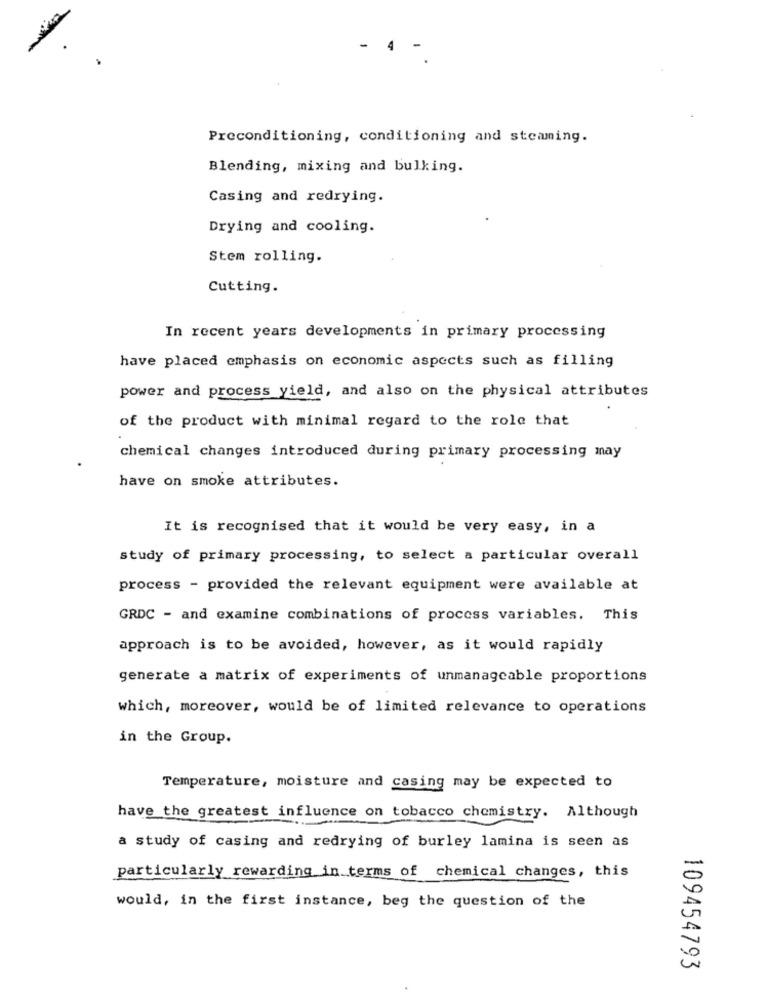
Preconditioning, conditioning and steaming.
Blending, mixing and bulking.
Casing and redrying.
Drying and cooling.
Stem rolling.
Cutting.
In recent years developments in primary processing
have placed emphasis on economic aspects such as filling
power and process yield, and also on the physical attributes
of the product with minimal regard to the role that
chemical changes introduced during primary processing may
have on smoke attributes.
It is recognised that it would be very easy, in a
study of primary processing, to select a particular overall
process - provided the relevant equipment were available at
GRDC - and examine combinations of process variables. This
approach is to be avoided, however, as it would rapidly
generate a matrix of experiments of unmanageable proportions
which, moreover, would be of limited relevance to operations
in the Group.
Temperature, moisture and casing may be expected to
have the greatest influence on tobacco chemistry. Although
a study of casing and redrying of burley lamina is seen as
particularly rewarding in terms of chemical changes, this
would, in the first instance, beg the question of the
109454793